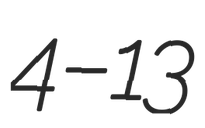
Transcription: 4–13